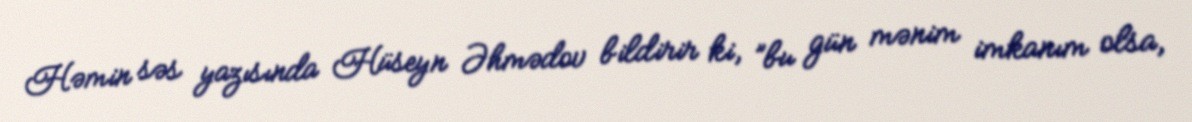
Həmin səs yazısında Hüseyn Əhmədov bildirir ki, ”bu gün mənim imkanım olsa,